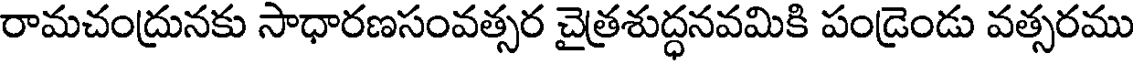
రామచంద్రునకు సాధారణసంవత్సర చైత్రశుద్ధనవమికి పండ్రెండు వత్సరము